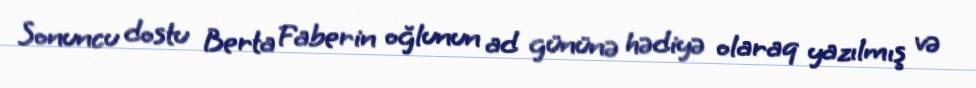
Sonuncu dostu Berta Faberin oğlunun ad gününə hədiyə olaraq yazılmış və